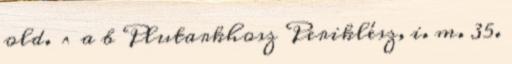
old. ^ a b Plutarkhosz Periklész, i. m. 35.